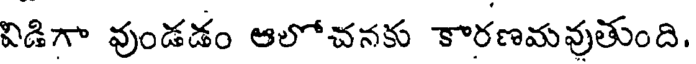
విడిగా వుండడం ఆలోచనకు కారణమవుతుంది.